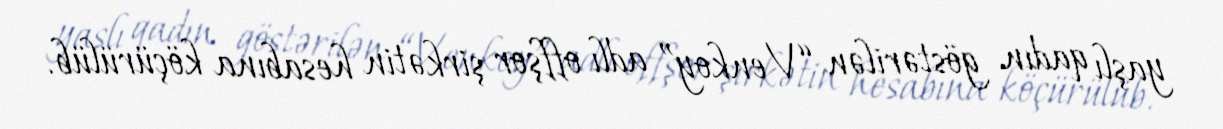
yaşlı qadın göstərilən “Venkoy” adlı offşor şirkətin hesabına köçürülüb.